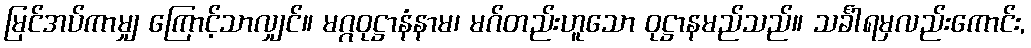
မြင်အပ်ကာမျှ ကြောင့်သာလျှင်။ မဂ္ဂဝုဋ္ဌာနံနာမ၊ မဂ်တည်းဟူသော ဝုဋ္ဌာနမည်သည်။ သင်္ခါရမှလည်းကောင်း,